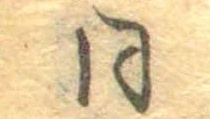
同